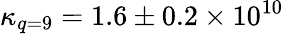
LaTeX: \kappa_{q=9}=1.6\pm 0.2\times 10^{10}